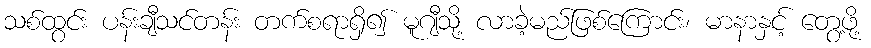
သစ်ထွင်း ပန်းချီသင်တန်း တက်စရာရှိ၍ မူဂျီသို့ လာခဲ့မည်ဖြစ်ကြောင်း၊ မာနာနှင့် တွေ့ဖို့